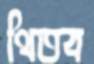
থিতব